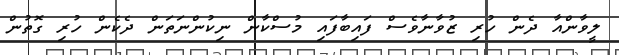
ލީވާންއާ ދެން ހުރި ޒުވާނާވެސް ފައިބާފައި މުސްކާން ނިކުންނަތަން ދެކެން ހުރި ގޮތުން